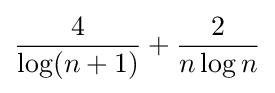
{\frac {4}{\log(n+1)}}+{\frac {2}{n\log n}}